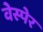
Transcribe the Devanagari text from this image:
वेस्पेर